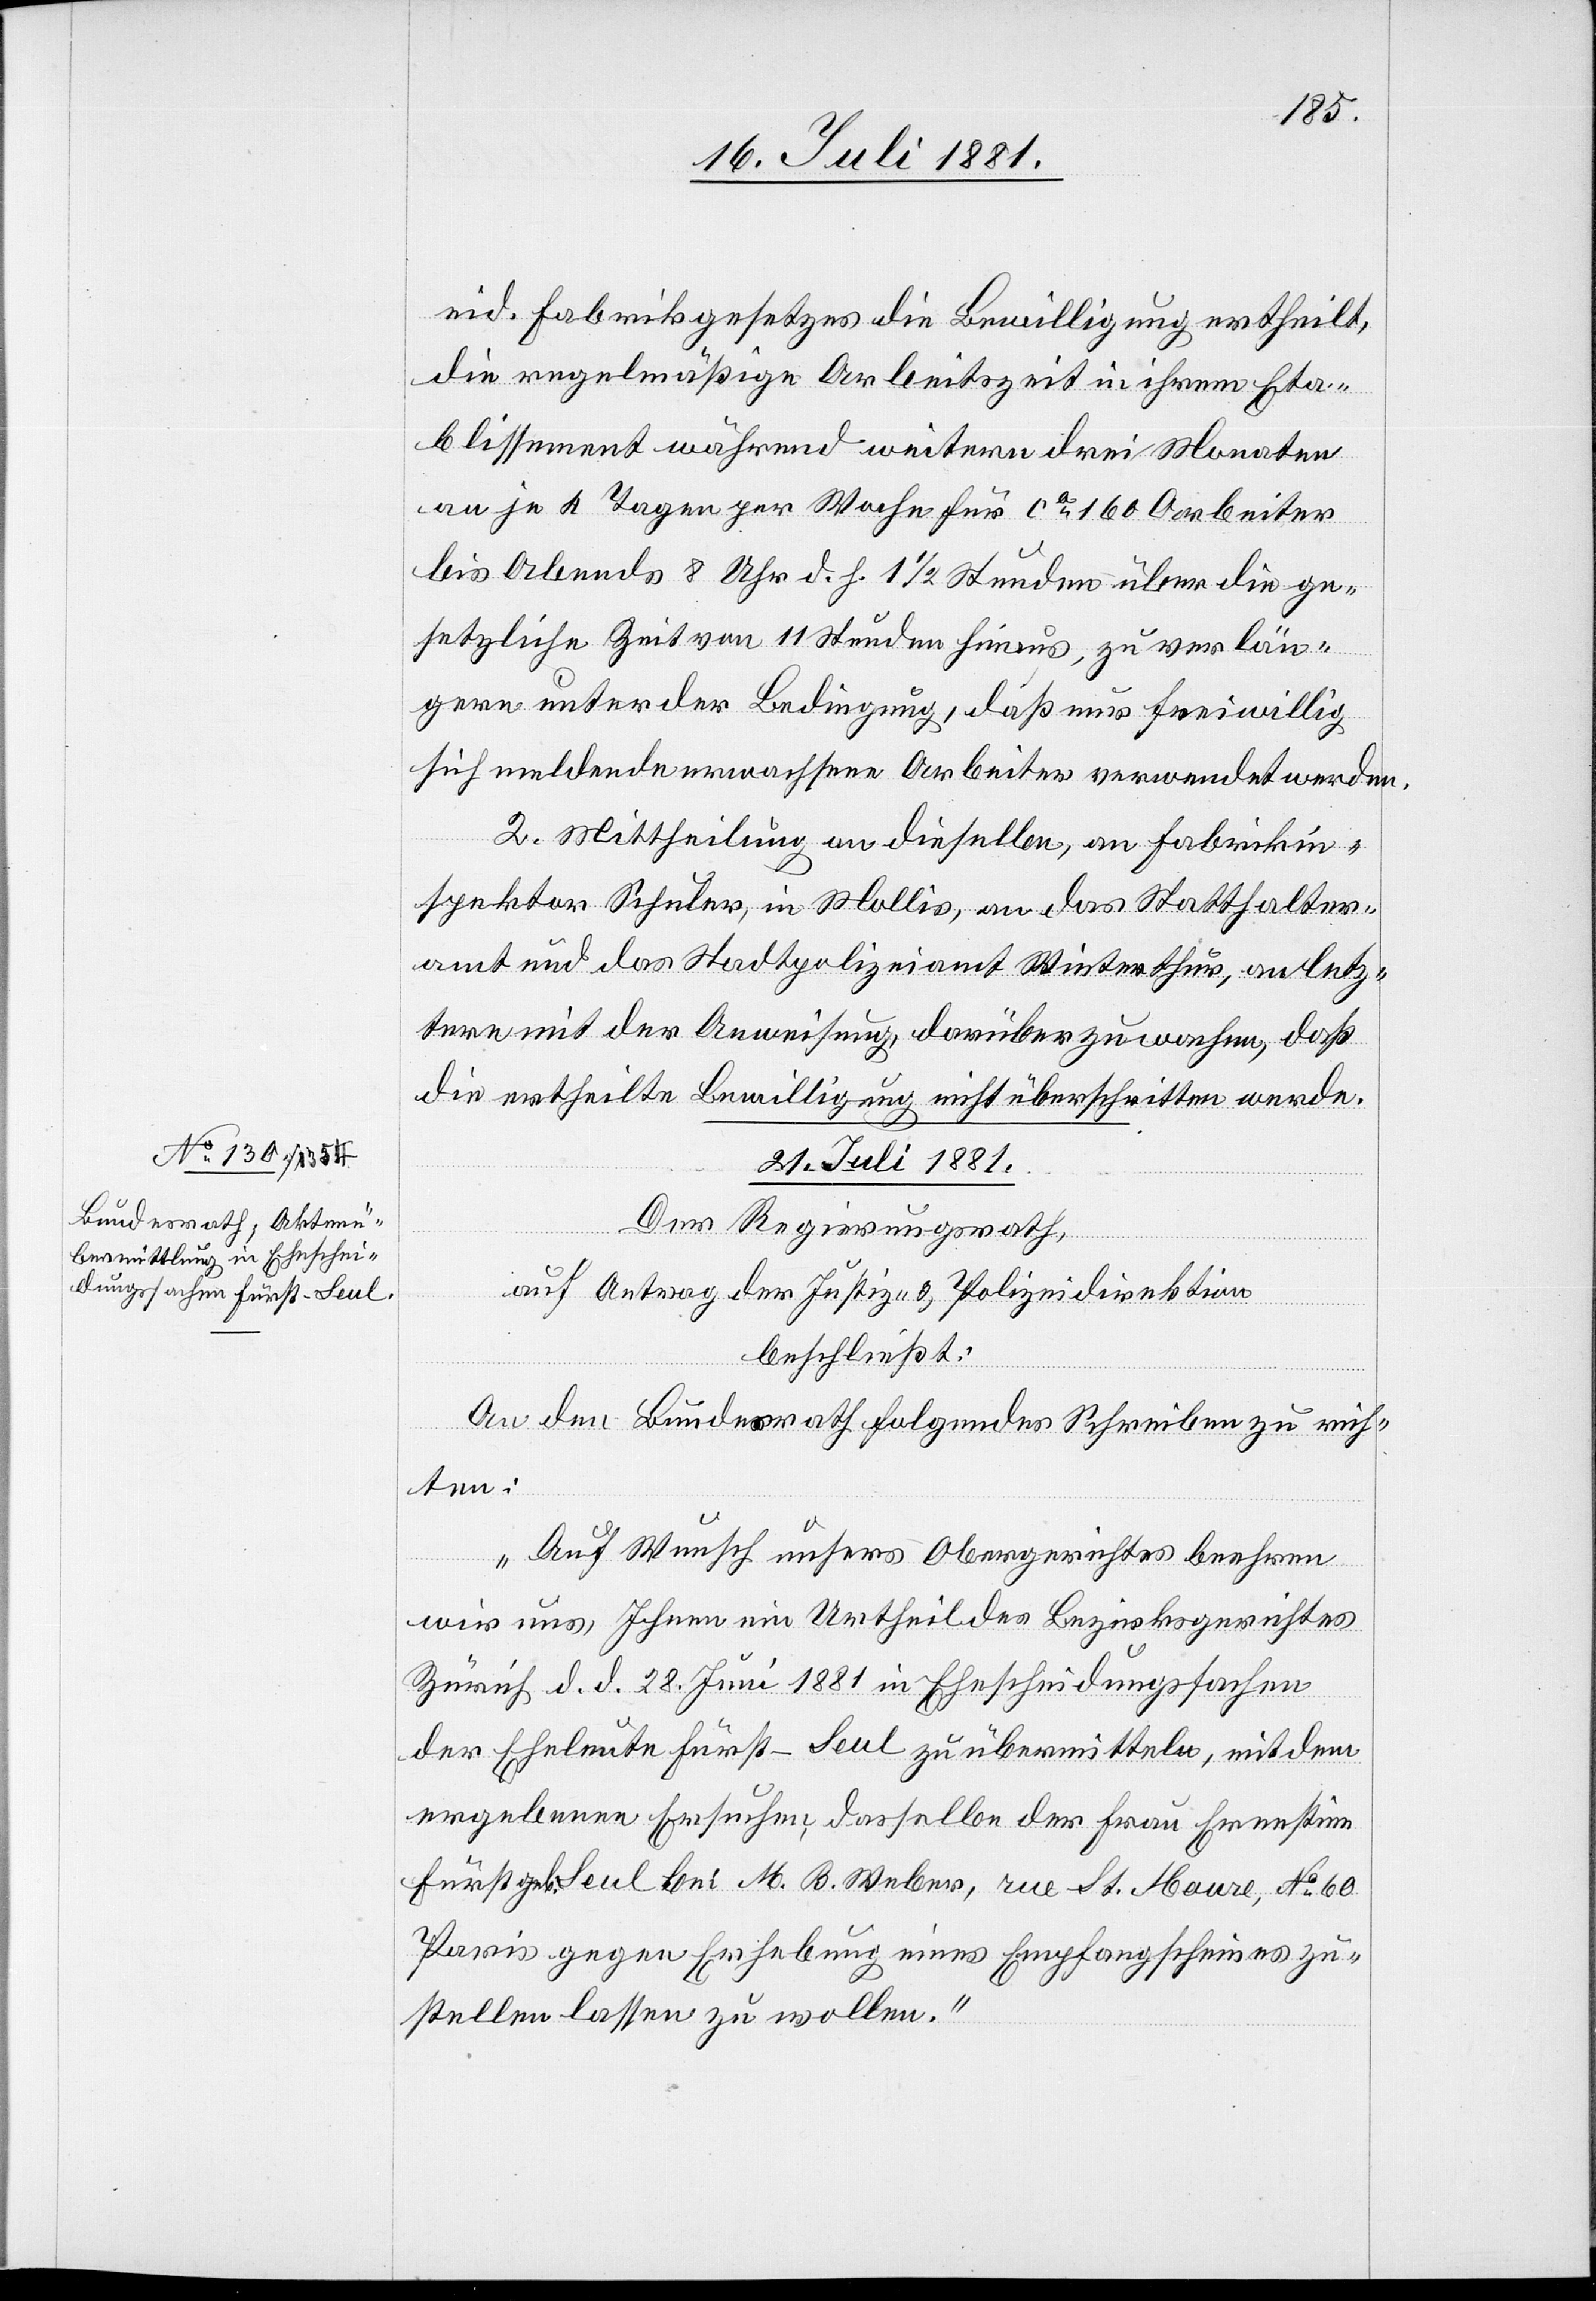
eid. Fabrikgesetzes die Bewilligung ertheilt,
die regelmäßige Arbeitszeit in ihrem Eta¬
blissement während weitern drei Monaten
an je 4 Tagen per Woche für ca 160 Arbeiter
bis Abends 8 Uhr d. h. 1 1/2 Stunden über die ge¬
setzliche Zeit von 11 Stunden hinaus, zu verlän¬
gern unter der Bedingung, daß nur freiwillig
sich meldende erwachsene Arbeiter verwendet werden.
2. Mittheilung an dieselben, an Fabrikin¬
spektor Schuler, in Mollis, an das Statthalter¬
amt und das Stadtpolizeiamt Winterthur, an letz¬
tere mit der Anweisung, darüber zu wachen, daß
die ertheilte Bewilligung nicht überschritten werde.
21. Juli 1881.
Der Regierungsrath,
auf Antrag der Justiz- & Polizeidirektion
beschließt:
An den Bundesrath folgendes Schreiben zu rich¬
ten:
„Auf Wunsch unsers Obergerichtes beehren
wir uns, Ihnen ein Urtheil des Bezirksgerichtes
Zürich d. d. 28. Juni 1881 in Ehescheidungssachen
der Eheleute Fürst-Seul zu übermitteln, mit dem
ergebenen Ersuchen, dasselbe der Frau Ernestine
Fürst geb. Seul bei M. B. Weber, rue St. Haure, No 60
Paris gegen Erhebung eines Empfangscheines zu¬
stellen lassen zu wollen.